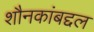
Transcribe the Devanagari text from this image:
शौनकांबद्दल